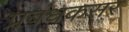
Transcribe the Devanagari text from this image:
प्रबंधकसर